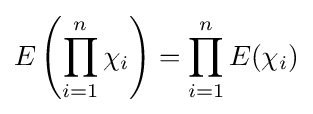
E\left(\prod _{i=1}^{n}\chi _{i}\right)=\prod _{i=1}^{n}E(\chi _{i})